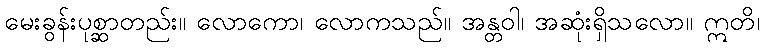
မေးခွန်းပုစ္ဆာတည်း။ လောကော၊ လောကသည်။ အန္တဝါ၊ အဆုံးရှိသလော။ ဣတိ၊